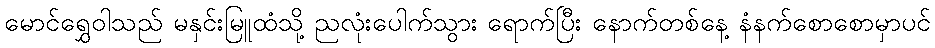
မောင်ရွှေဝါသည် မနှင်းမြူထံသို့ ညလုံးပေါက်သွား ရောက်ပြီး နောက်တစ်နေ့ နံနက်စောစောမှာပင်